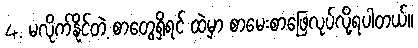
4. မလိုက်နိုင်တဲ့ စာတွေရှိရင် ထဲမှာ စာမေးစာဖြေလုပ်လို့ရပါတယ်။